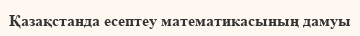
Қазақстанда есептеу математикасының дамуы